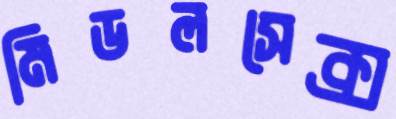
মিডলসেক্স